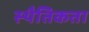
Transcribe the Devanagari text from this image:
स्थैतिकता